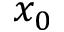
x _ { 0 }